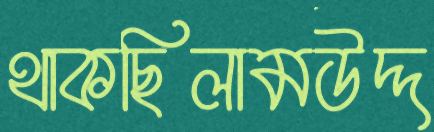
থাকছিলামউদ্দ